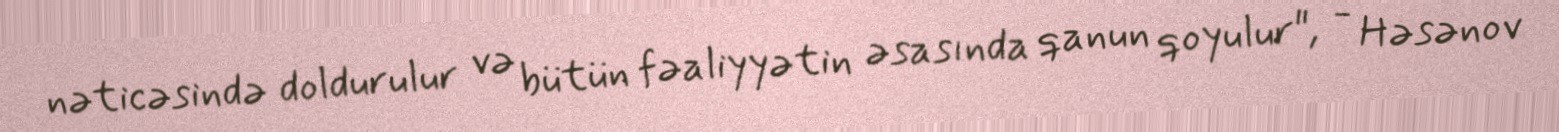
nəticəsində doldurulur və bütün fəaliyyətin əsasında qanun qoyulur", - Həsənov